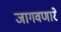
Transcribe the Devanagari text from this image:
जागवणारे